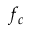
f _ { c }